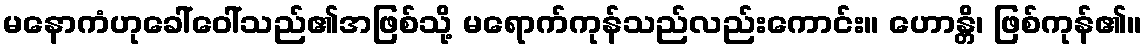
မနောကံဟုခေါ်ဝေါ်သည်၏အဖြစ်သို့ မရောက်ကုန်သည်လည်းကောင်း။ ဟောန္တိ၊ ဖြစ်ကုန်၏။